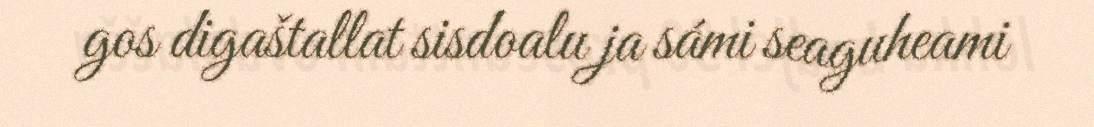
gos digaštallat sisdoalu ja sámi seaguheami